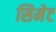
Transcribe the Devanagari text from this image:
सिमेट